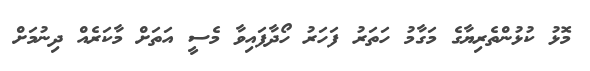
މޮޅު ކުޅުންތެރިޔާގެ މަގާމު ހަތަރު ފަހަރު ހޯދާފައިވާ މެސީ އަތަށް މާކަރެއް ދިނުމަށް